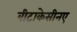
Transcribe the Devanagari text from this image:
बीटाकेसीनए